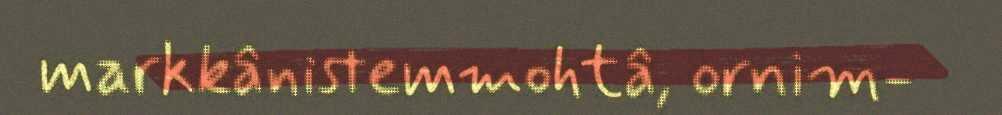
markkânistemmohtâ, ornim-